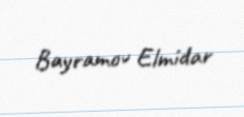
Bayramov Elmidar